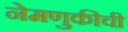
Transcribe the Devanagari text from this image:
नेमणुकीची